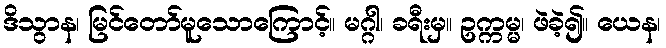
ဒိသွာန၊ မြင်တော်မူသောကြောင့်။ မဂ္ဂါ၊ ခရီးမှ။ ဥက္ကမ္မ၊ ဖဲခဲ့၍။ ယေန၊